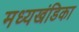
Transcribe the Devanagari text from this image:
मध्यखंडिका